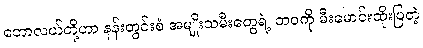
ဘောလယ်တို့ဟာ နန်းတွင်းစံ အမျိုးသမီးတွေရဲ့ ဘဝကို မီးမောင်းထိုးပြတဲ့